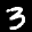
Label: 3